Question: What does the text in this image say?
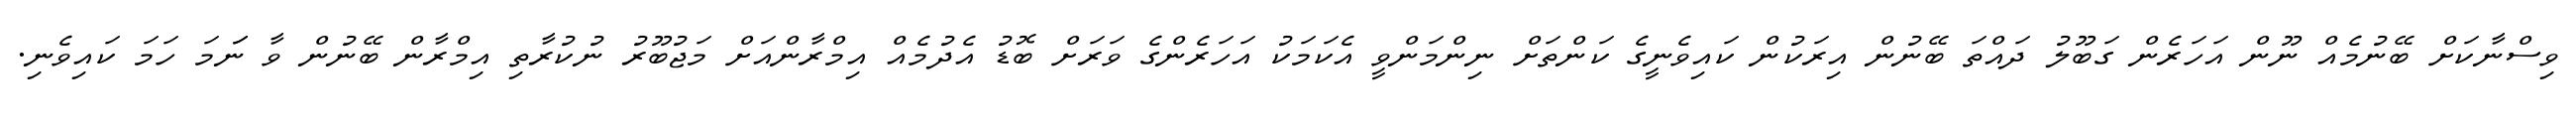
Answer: ވިސްނާކަށް ބޭނުމެއް ނޫން އަހަރެން ގަބޫލު ދައްތަ ބޭނުން އިރަކުން ކައިވެނީގެ ކަންތަށް ނިންމަންވީ އެކަމަކު އަހަރެންގެ ވަރަށް ބޮޑު އެދުމެއް އިމްރާންއަށް މަޖުބޫރު ނުކުރާތި އިމްރާން ބޭނުން ވާ ނަަމަ ހަމަ ކައިވެނި.